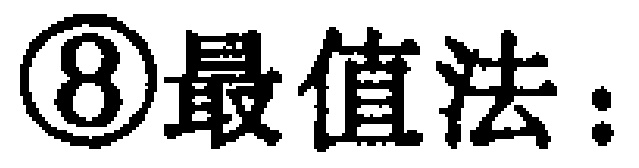
\textcircled{8}最值法：